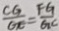
\frac { C G } { G C } = \frac { F G } { G C }